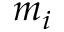
m _ { i }